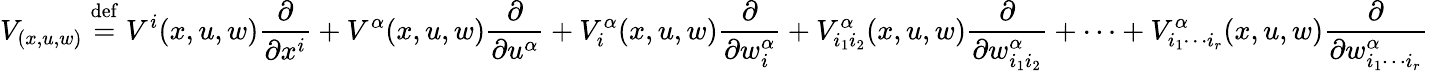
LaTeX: V_{(x,u,w)}\mathrel{\stackrel{\mathrm{def}}{=}}V^{i}(x,u,w){\frac{\partial}{\partial x^{i}}}+V^{\alpha}(x,u,w){\frac{\partial}{\partial u^{\alpha}}}+V_{i}^{\alpha}(x,u,w){\frac{\partial}{\partial w_{i}^{\alpha}}}+V_{i_{1}i_{2}}^{\alpha}(x,u,w){\frac{\partial}{\partial w_{i_{1}i_{2}}^{\alpha}}}+\cdots+V_{i_{1}\cdots i_{r}}^{\alpha}(x,u,w){\frac{\partial}{\partial w_{i_{1}\cdots i_{r}}^{\alpha}}}